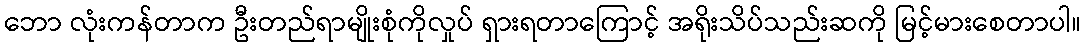
ဘော လုံးကန်တာက ဦးတည်ရာမျိုးစုံကိုလှုပ် ရှားရတာကြောင့် အရိုးသိပ်သည်းဆကို မြင့်မားစေတာပါ။